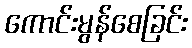
ကောင်းမွန်စေခြင်း